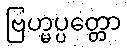
ဗြဟ္မပ္ပတ္တော